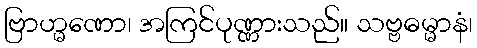
ဗြာဟ္မဏော၊ အကြင်ပုဏ္ဏားသည်။ သဗ္ဗဓမ္မာနံ၊